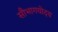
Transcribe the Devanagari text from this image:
सौभागयोदय